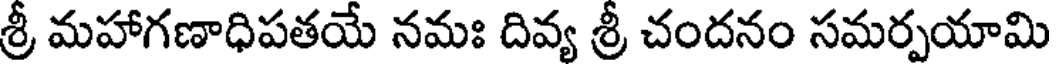
శ్రీ మహాగణాధిపతయే నమః దివ్య శ్రీ చందనం సమర్పయామి